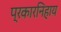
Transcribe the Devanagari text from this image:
प्रकारनिहाय